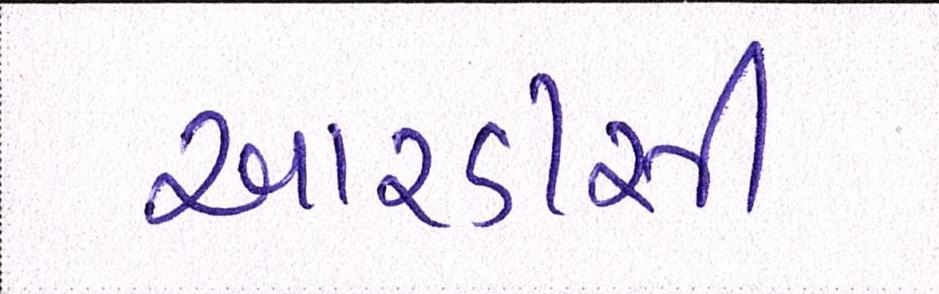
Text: આરડીસી